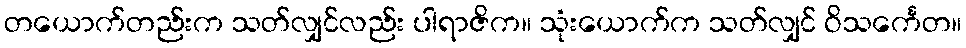
တယောက်တည်းက သတ်လျှင်လည်း ပါရာဇိက။ သုံးယောက်က သတ်လျှင် ဝိသင်္ကေတ။